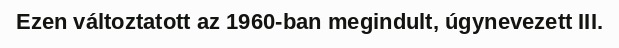
Ezen változtatott az 1960-ban megindult, úgynevezett III.